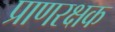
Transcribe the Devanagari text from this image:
प्राणरक्षक